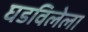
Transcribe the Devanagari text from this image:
घडविलेला